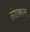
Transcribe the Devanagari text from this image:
ठंडकाम